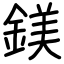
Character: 鎂